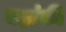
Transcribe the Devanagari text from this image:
यहांकी